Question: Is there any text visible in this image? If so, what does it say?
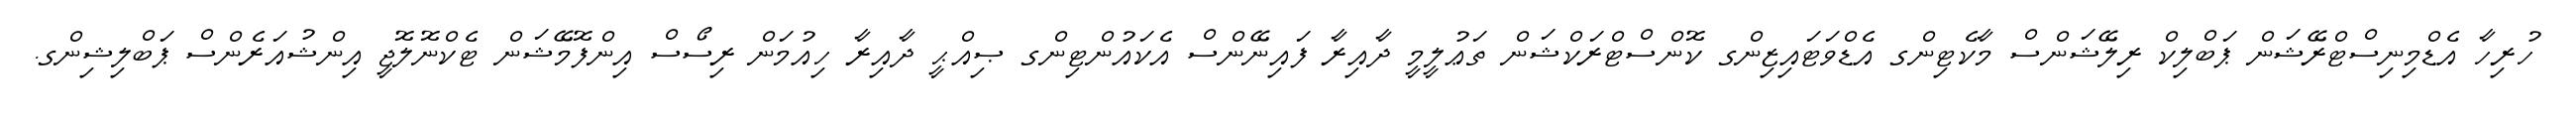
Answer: ހުރިހާ އެޑްމިނިސްޓްރޭޝަން ޕަބްލިކް ރިލޭޝަންސް މާކެޓިންގ އެޑްވަޓައިޒިންގ ކޮންސްޓްރަކްޝަން ތަޢުލީމީ ދާއިރާ ފައިނޭންސް އެކައުންޓިންގ ޞިއްޙީ ދާއިރާ ހިއުމަން ރިސޯސް އިންފޮމޭޝަން ޓެކްނޮލޮޖީ އިންޝުއަރެންސް ޕަބްލިޝިންގ.